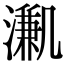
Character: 𣽳